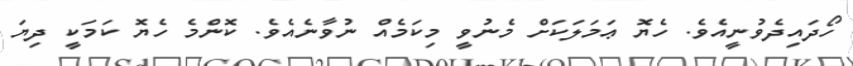
ހޯދައިދެވުނީއެވެ. ހެޔޮ ޢަމަލަކަށް މެނުވީ މިކަމެއް ނުވާނެއެވެ. ކޮންމެ ހެޔޮ ކަމަކީ ދިޔަ